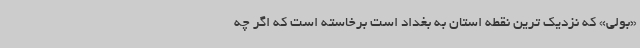
«بولی» که نزدیک ترین نقطه استان به بغداد است برخاسته است که اگر چه